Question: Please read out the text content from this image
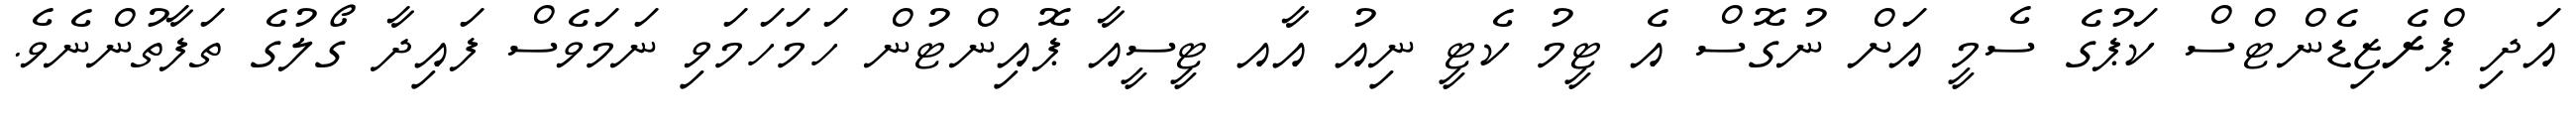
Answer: އަދި ޕްރެޒިޑެންޓްސް ކަޕުގެ ސެމީ އަށް ނުގޮސް އެ ޓީމު ކެޓީ ނިއު އާއ ޓީސީއާ ޕޮއިންޓުން ހަމަހަމަވި ނަމަވެސް ފައިދާ ގޯލުގެ ތަފާތުންނެވެ.